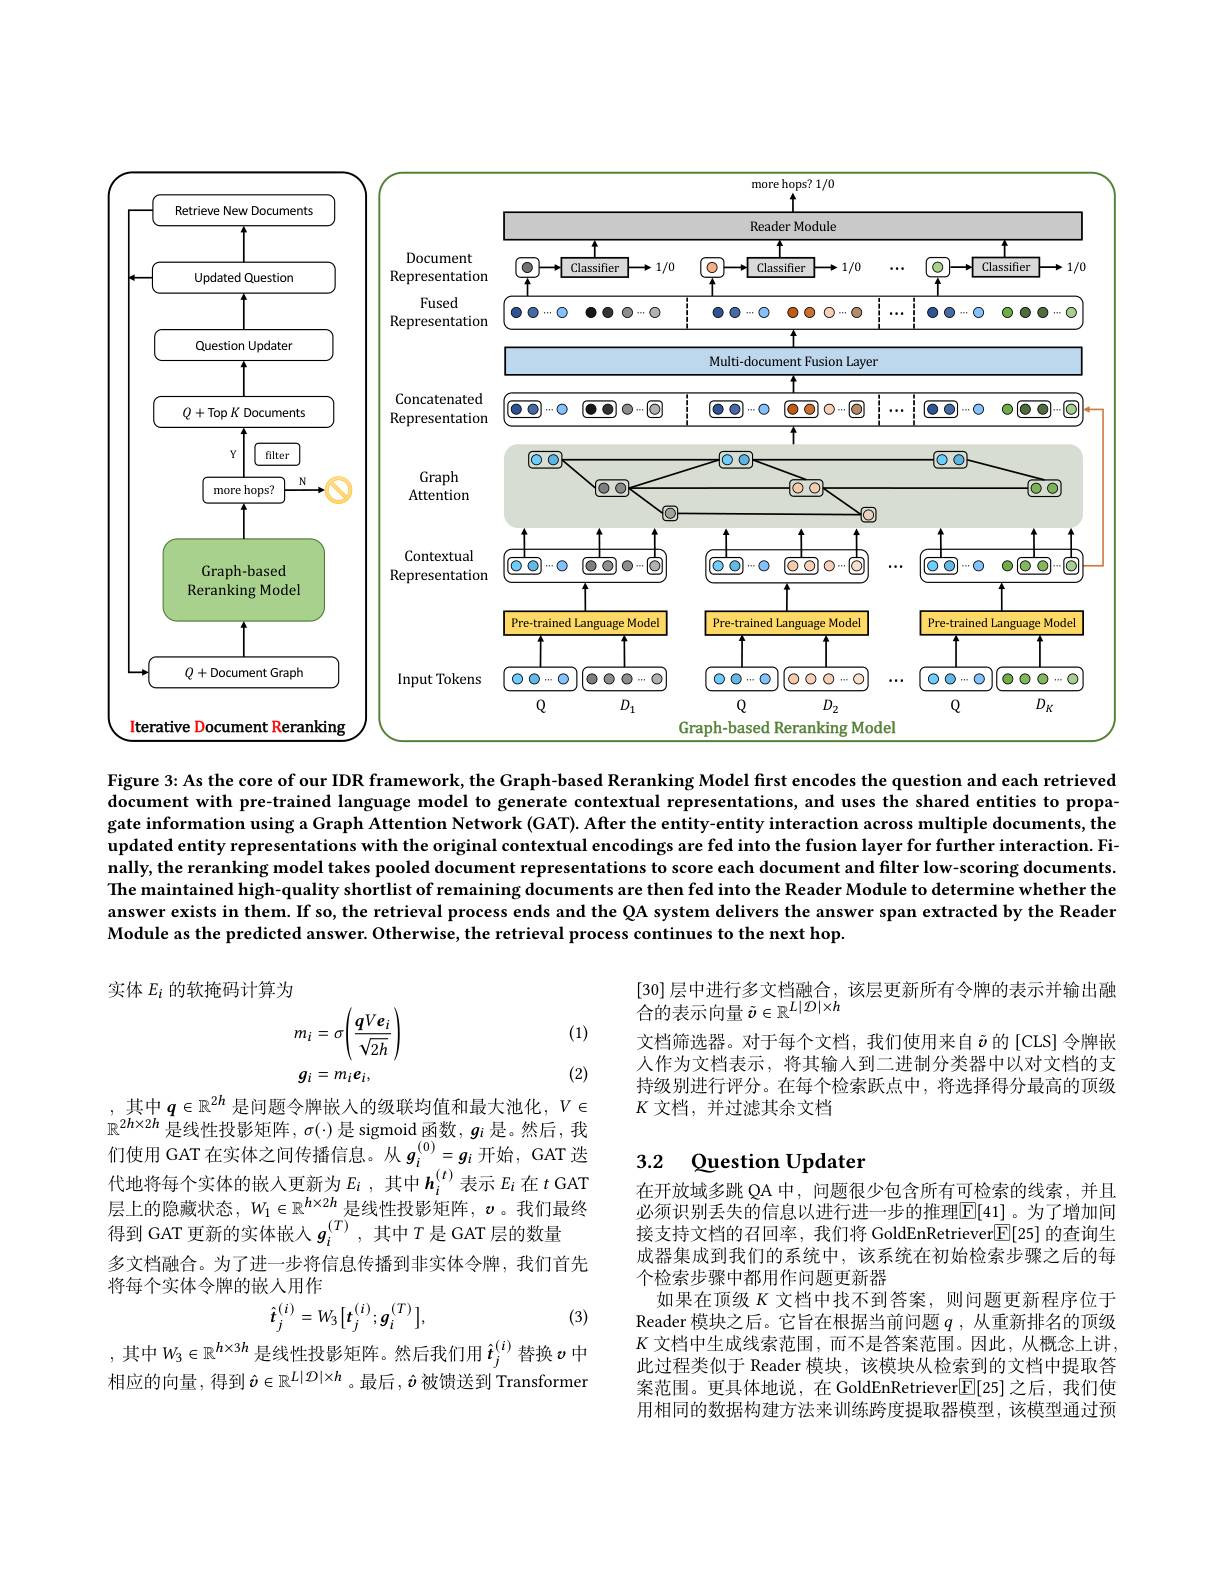
<FigureHere>

Figure 3: As the core of our IDR framework, the Graph-based Reranking Model first encodes the question and each retrieved document with pre-trained language model to generate contextual representations, and uses the shared entities to propagate information using a Graph Attention Network (GAT). After the entity-entity interaction across multiple documents, the updated entity representations with the original contextual encodings are fed into the fusion layer for further interaction. Finally, the reranking model takes pooled document representations to score each document and filter low-scoring documents. The maintained high-quality shortlist of remaining documents are then fed into the Reader Module to determine whether the answer exists in them. If so, the retrieval process ends and the QA system delivers the answer span extracted by the Reader Module as the predicted answer. Otherwise, the retrieval process continues to the next hop.

实体$E_i$的软掩码计算为

(1)
$$\begin{aligned}&m_{i}=\sigma\left(\frac{\boldsymbol{q}V\boldsymbol{e}_{i}}{\sqrt{2h}}\right)\\&g_{i}=m_{i}e_{i},\end{aligned}$$
[30]层中进行多文档融合，该层更新所有令牌的表示并输出融
合的表示向量$\tilde{\boldsymbol{v}}\in\mathbb{R}^L|\mathcal{D}|\times h$
文档筛选器。对于每个文档，我们使用来自$\tilde{v}$ 的[CLS]令牌嵌人作为文档表示，将其输入到二进制分类器中以对文档的支持级别进行评分。在每个检索跃点中，将选择得分最高的顶级$K$文档，并过滤其余文档

(2)

## 3.2 Question Updater

其中$q\in\mathbb{R}^{2h}$ 是问题令牌嵌入的级联均值和最大池化，$V\in$ $\mathbb{R}^{2h\times2h}$是线性投影矩阵$,\sigma(\cdot)$是 sigmoid 函数$,g_i$ 是。然后，我们使用 GAT 在实体之间传播信息。从$g_i^{(0)}=g_i$开始，GAT 迭代地将每个实体的嵌入更新为$E_i$ ,其中$h_i^{(t)}$表示 $E_i$ 在 $t$ GAT 层上的隐藏状态$,W_1\in\mathbb{R}^{h\times2h}$是线性投影矩阵$,\boldsymbol v$。我们最终导到 GAT 更新的实体嵌入$g_i^{(T)}$,其中$T$是GAT层的数量
多文档融合。为了进一步将信息传播到非实体令牌，我们首先
将每个实体令牌的嵌人用作
$$\hat{t}_{j}^{(i)}=W_{3}[t_{j}^{(i)};g_{i}^{(T)}],$$
在开放域多跳 QA 中，问题很少包含所有可检索的线索，并且必须识别丢失的信息以进行进一步的推理$\boxed[41]$。为了增加间接支持文档的召回率，我们将 GoldEnRetriever$\overline{\mathbb{E}}[25]$的查询生成器集成到我们的系统中，该系统在初始检索步骤之后的每个检索步骤中都用作问题更新器
如果在顶级$K$文档中找不到答案，则问题更新程序位于Reader 模块之后。它旨在根据当前问题$q$ ,从重新排名的顶级$K$文档中生成线索范围，而不是答案范围。因此，从概念上讲此过程类似于 Reader 模块，该模块从检索到的文档中提取答案范围。更具体地说，在 GoldEnRetriever$\boxed{\mathrm{F}}[25]$之后，我们使用相同的数据构建方法来训练跨度提取器模型，该模型通过预

,其中$W_3\in\mathbb{R}^{h\times3h}$是线性投影矩阵。然后我们用$\hat{t}_j^{(i)}$替换$v$中

(3)

相应的向量，得到$\hat{v}\in\mathbb{R}^L|\mathcal{D}|\times h$。最后$,\hat{v}$被馈送到Transforme